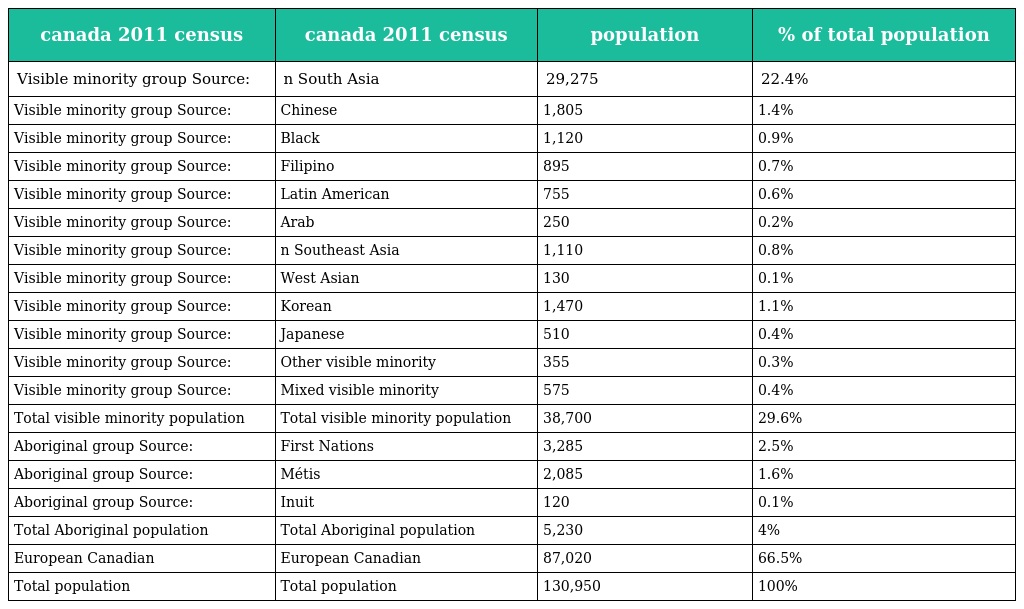
| canada 2011 census | canada 2011 census | population | % of total population |
 | --- | --- | --- | --- |
 | Visible minority group Source: | n South Asia | 29,275 | 22.4% |
 | Visible minority group Source: | Chinese | 1,805 | 1.4% |
 | Visible minority group Source: | Black | 1,120 | 0.9% |
 | Visible minority group Source: | Filipino | 895 | 0.7% |
 | Visible minority group Source: | Latin American | 755 | 0.6% |
 | Visible minority group Source: | Arab | 250 | 0.2% |
 | Visible minority group Source: | n Southeast Asia | 1,110 | 0.8% |
 | Visible minority group Source: | West Asian | 130 | 0.1% |
 | Visible minority group Source: | Korean | 1,470 | 1.1% |
 | Visible minority group Source: | Japanese | 510 | 0.4% |
 | Visible minority group Source: | Other visible minority | 355 | 0.3% |
 | Visible minority group Source: | Mixed visible minority | 575 | 0.4% |
 | Total visible minority population | Total visible minority population | 38,700 | 29.6% |
 | Aboriginal group Source: | First Nations | 3,285 | 2.5% |
 | Aboriginal group Source: | Métis | 2,085 | 1.6% |
 | Aboriginal group Source: | Inuit | 120 | 0.1% |
 | Total Aboriginal population | Total Aboriginal population | 5,230 | 4% |
 | European Canadian | European Canadian | 87,020 | 66.5% |
 | Total population | Total population | 130,950 | 100% |